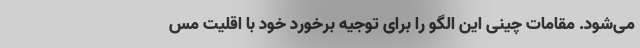
می‌شود. مقامات چینی این الگو را برای توجیه برخورد خود با اقلیت مس